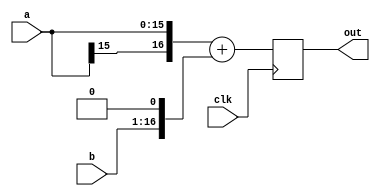
module adder_tree_node (clk,a,b,out);

parameter IN_BITS = 16;
parameter OUT_BITS = 17;
parameter SIGN_EXT = 1;
parameter REGISTER_MIDDLE = 0;  // register within adder chains
parameter REGISTER_OUTPUT = 1;	// register adder outputs
parameter B_SHIFT = 1;

// for the placement of the midway pipeline registers
localparam LS_WIDTH = OUT_BITS / 2;
localparam MS_WIDTH = OUT_BITS - LS_WIDTH;

input clk;
input [IN_BITS-1:0] a,b;
output [OUT_BITS-1:0] out;

// sign extension
wire [OUT_BITS-1:0] a_ext,b_ext;
generate
	if (SIGN_EXT) begin
		assign a_ext = {{(OUT_BITS-IN_BITS){a[IN_BITS-1]}},a};
		assign b_ext = {{(OUT_BITS-IN_BITS){b[IN_BITS-1]}},b};
	end
	else begin
		assign a_ext = {{(OUT_BITS-IN_BITS){1'b0}},a};
		assign b_ext = {{(OUT_BITS-IN_BITS){1'b0}},b};
	end
endgenerate

// offset B
wire [OUT_BITS-1:0] b_ext_shft;
assign b_ext_shft = b_ext << B_SHIFT;

// addition
wire [OUT_BITS-1:0] sum;
generate
	if (REGISTER_MIDDLE) begin

		// pipeline in the middle of the adder chain
		reg [LS_WIDTH-1+1:0] ls_adder;
		wire cross_carry = ls_adder[LS_WIDTH];
		always @(posedge clk) begin
			ls_adder <= {1'b0,a_ext[LS_WIDTH-1:0]} + {1'b0,b_ext_shft[LS_WIDTH-1:0]};
		end

		reg [MS_WIDTH-1:0] ms_data_a,ms_data_b;
		always @(posedge clk) begin
			ms_data_a <= a_ext[OUT_BITS-1:OUT_BITS-MS_WIDTH];
			ms_data_b <= b_ext_shft[OUT_BITS-1:OUT_BITS-MS_WIDTH];
		end

		wire [MS_WIDTH-1+1:0] ms_adder;
		assign ms_adder = {ms_data_a,cross_carry} + 
				{ms_data_b,cross_carry};

		assign sum = {ms_adder[MS_WIDTH:1],ls_adder[LS_WIDTH-1:0]};
	end
	else begin
		// simple addition
		assign sum = a_ext + b_ext_shft;
	end
endgenerate

// optional output register
reg [OUT_BITS-1:0] out;
generate 
	if (REGISTER_OUTPUT) begin
		always @(posedge clk) begin
			out <= sum;	
		end
	end
	else begin
		always @(*) begin
			out = sum;	
		end	
	end
endgenerate

endmodule